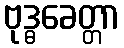
ဗုဒ္ဓခေတ္တာ